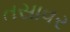
તસાવર